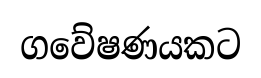
ගවේෂණයකට